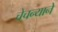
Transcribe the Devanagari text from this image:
चेचन्याने